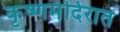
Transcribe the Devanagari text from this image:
कृष्णमंदिरात